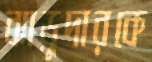
ঝাড়ুদারকে